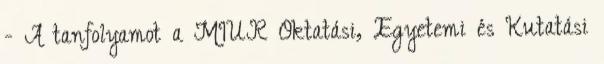
- A tanfolyamot a MIUR Oktatási, Egyetemi és Kutatási